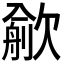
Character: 𣤏